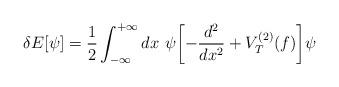
LaTeX: \begin{align*}\delta E [\psi ] = {{1} \over 2} \int_{-\infty}^{+\infty} dx ~ \psi \biggl [ - {{d^2}\over {dx^2}} + V_T^{(2)} (f) \biggr ] \psi\end{align*}